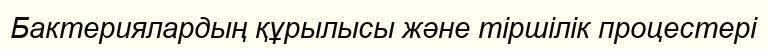
Бактериялардың құрылысы және тіршілік процестері